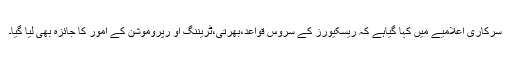
سرکاری اعلامیے میں کہا گیاہے کہ ریسکیورز کے سروس قواعد،بھرتی،ٹریننگ او رپروموشن کے امور کا جائزہ بھی لیا گیا۔